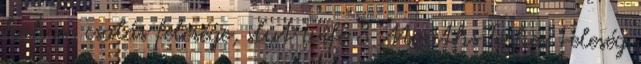
kakas, csalás felesége, slut wife 8 Months Terhes Feleség